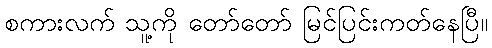
စကားလက် သူ့ကို တော်တော် မြင်ပြင်းကတ်နေပြီ။